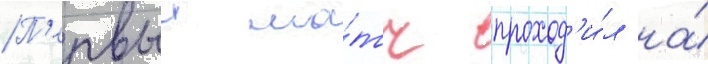
П'ервыи ма́тч проход'и́л на́